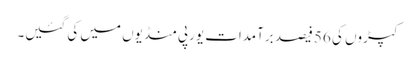
کپڑوں کی 56 فیصد برآمدات یورپی منڈیوں میں کی گئیں۔